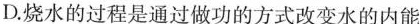
D.烧水的过程是通过做功的方式改变水的内能